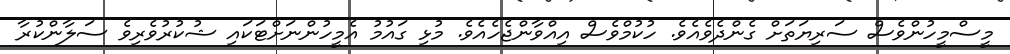
މީސްމީހުންވެސް ސަރިޔަތަށް ގެންދެވެއެވެ. ހުކުމްވެސް އިއްވާންޖެހެއެވެ. މުޅި ގައުމު އެމީހުންނަށްޓަކައި ޝުކުރުވެރިވެ ސަލާންކުރާ